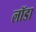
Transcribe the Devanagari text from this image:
लॉडा